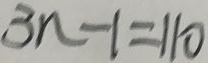
3 n - 1 = 1 1 0